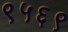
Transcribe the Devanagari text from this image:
९५६९